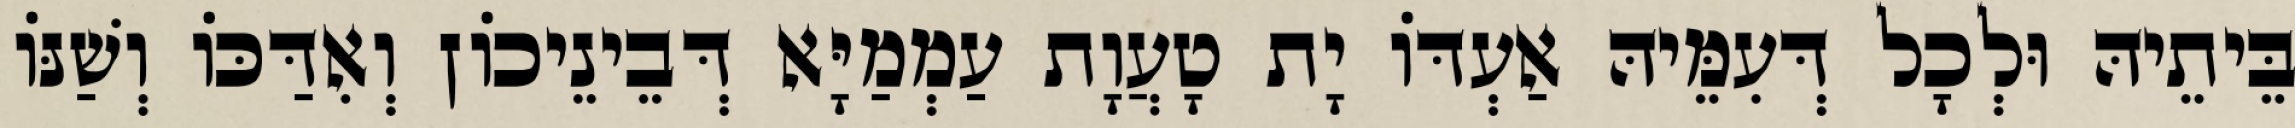
בֵּיתֵיהּ וּלְכָל דְּעִמֵּיהּ אַעְדּוֹ יָת טָעֲוָת עַמְמַיָּא דְּבֵינֵיכוֹן וְאִדַּכּוֹ וְשַׁנּוֹ